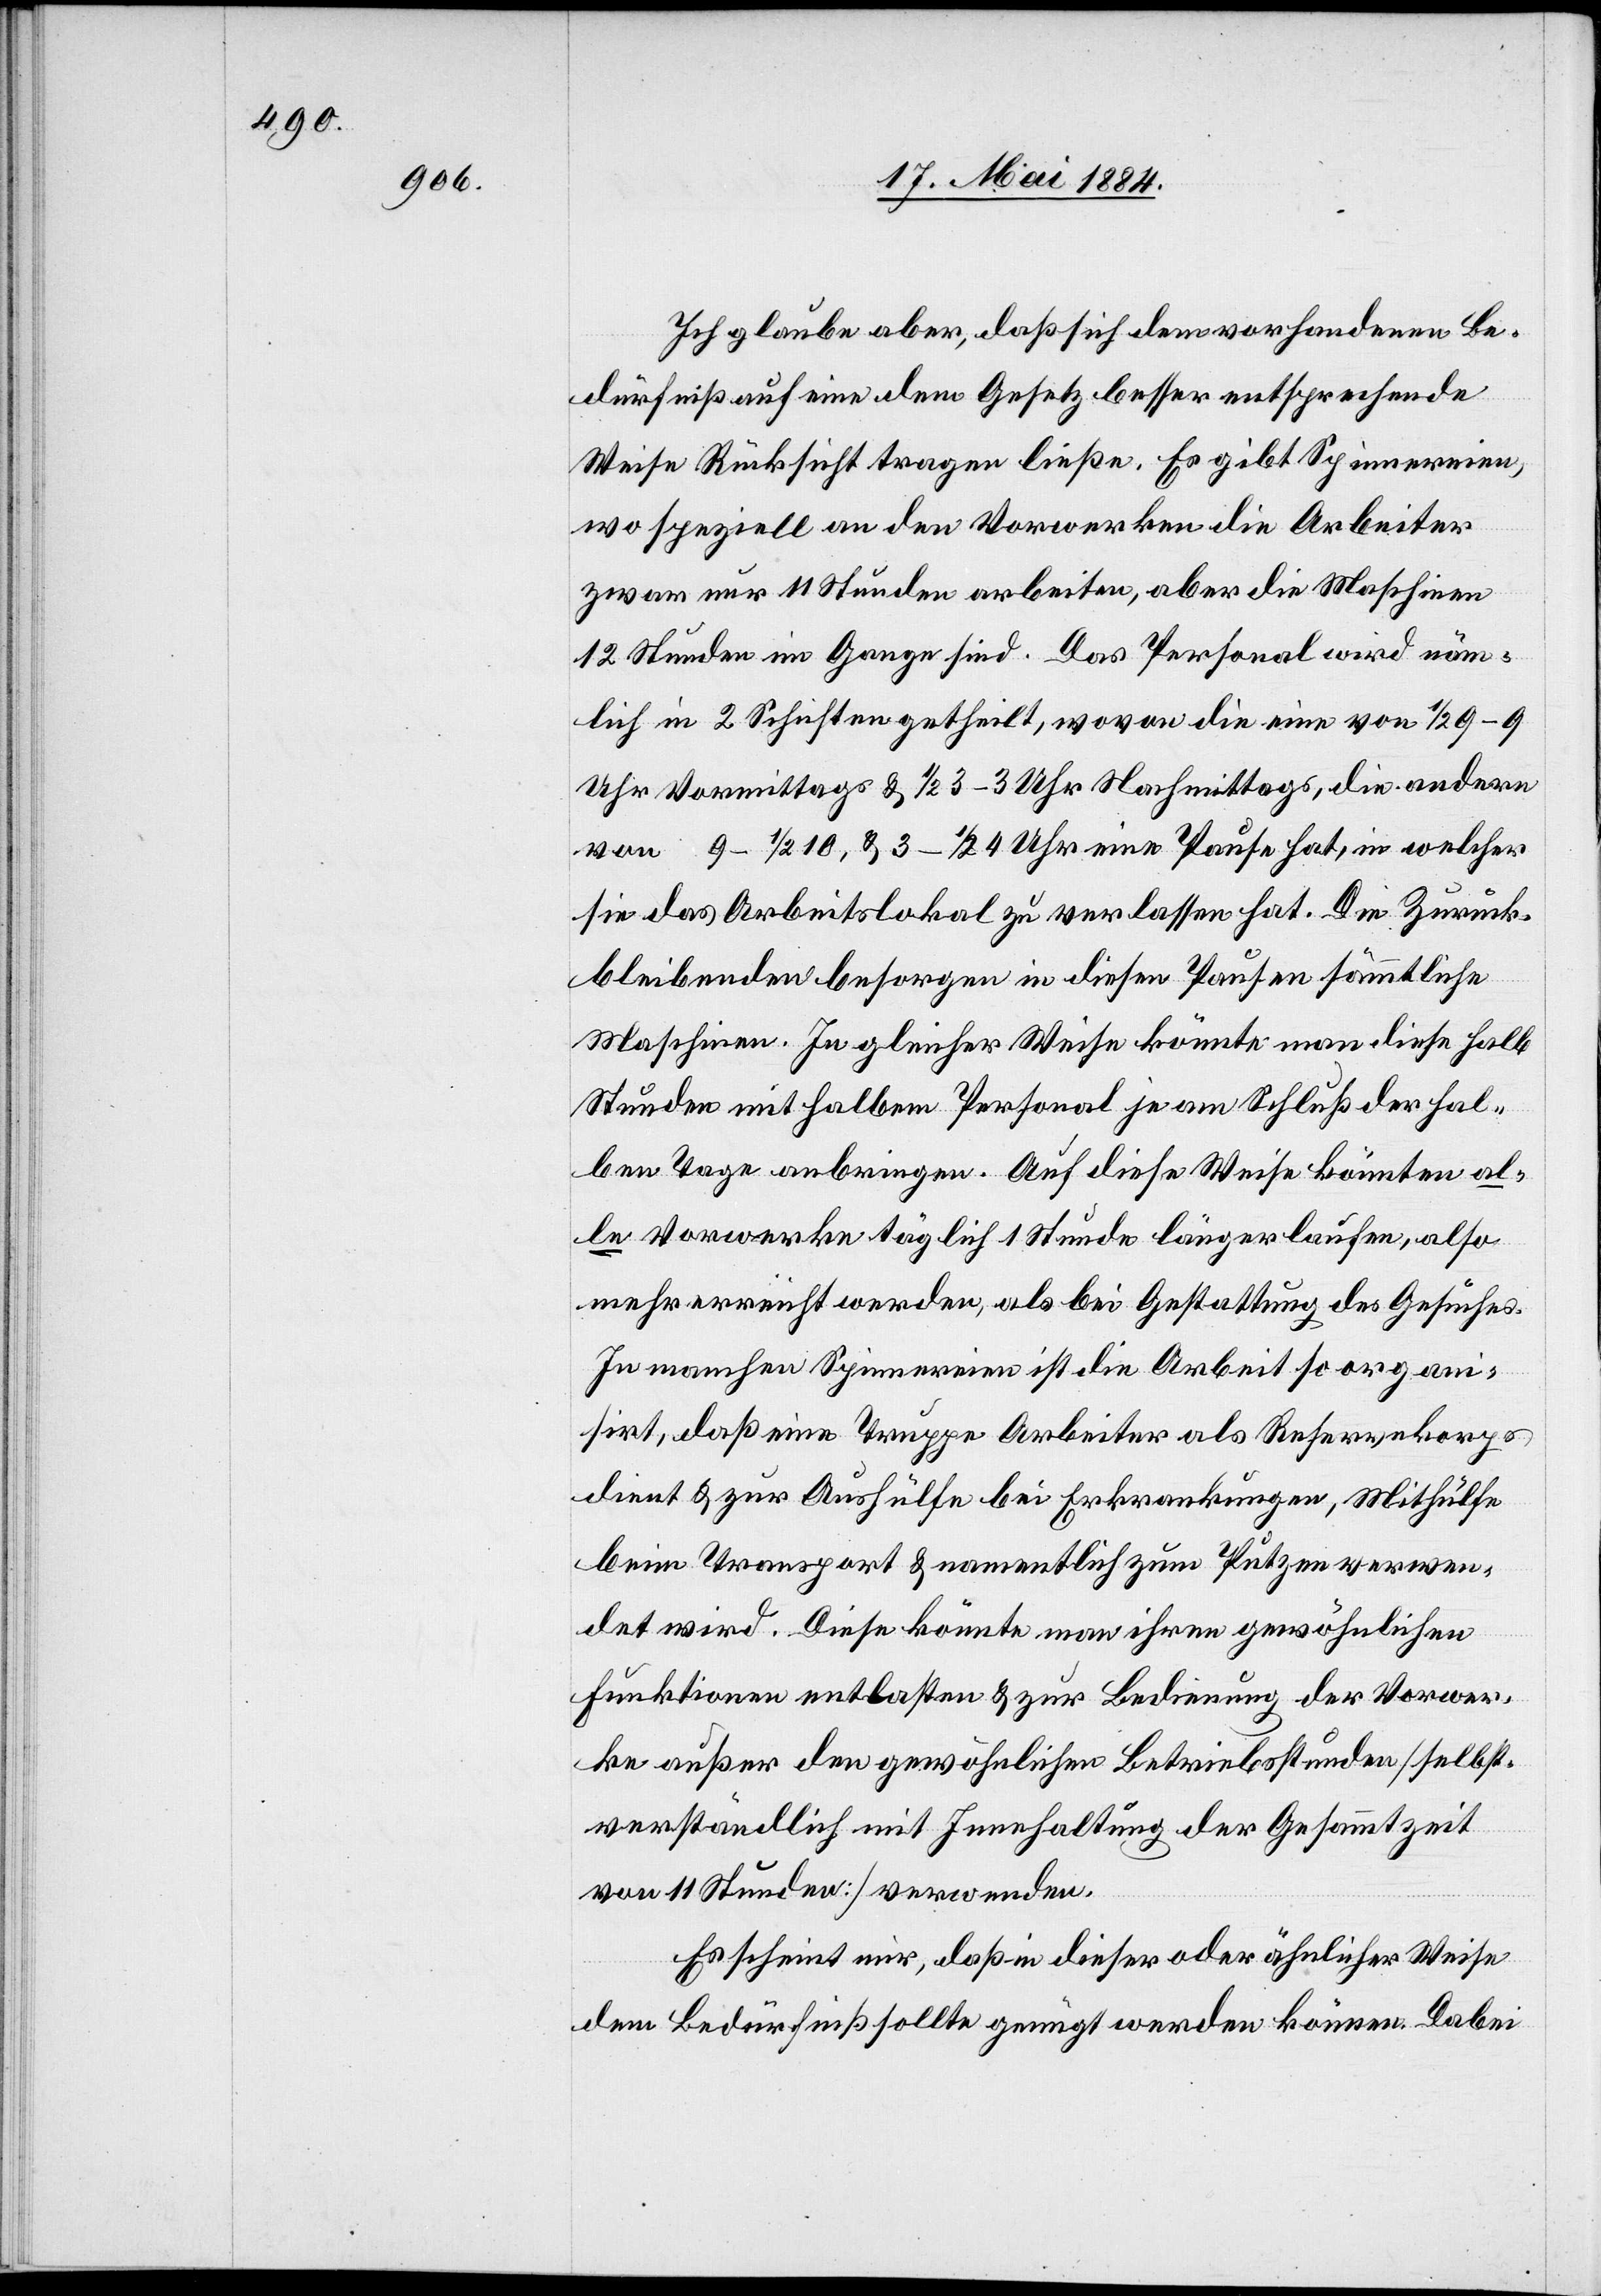
Ich glaube aber, daß sich dem vorhandenen Be¬
dürfniß auf eine dem Gesetz besser entsprechende
Weise Rücksicht tragen ließe. Es gibt Spinnereien,
wo speziell an den Vorwerken die Arbeiter
zwar nur 11 Stunden arbeiten, aber die Maschinen
12 Stunden im Gange sind. Das Personal wird näm¬
lich in 2 Schichten getheilt, wovon die eine von 1/2 9–9
Uhr Vormittags & 1/2 3–3 Nachmittags, die andern
von 9–1/2 10, & 3–1/2 4 Uhr eine Pause hat. Die Zurück¬
bleibenden besorgen in diesen Pausen sämmtliche
Maschinen. In gleicher Weise könnte man diese halb
Stunden mit halbem Personal je am Schluß der hal¬
ben Tage anbringen. Auf diese Weise könnten al¬
le Vorwerke täglich 1 Stunde länger laufen, also
mehr erreicht werden, als bei Gestattung des Gesuches.
In manchen Spinnereien ist die Arbeit so organi¬
sirt, daß eine Truppe Arbeiter als Reservekorps
dient & zur Aushülfe bei Erkrankungen, Mithülfe
beim Transport & namentlich zum Putzen verwen¬
det wird. Diese könnte man ihren gewöhnlichen
Funktionen entlasten & zur Bedienung der Vorwer¬
ke außer den gewöhnlichen Betriebsstunden [selbst¬
verständlich mit Innehaltung der Gesammtzeit
von 11 Stunden] verwenden.
Es scheint mir, daß in dieser oder ähnlicher Weise
dem Bedürfniß sollte genügt werden können. Dabei